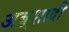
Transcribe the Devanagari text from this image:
अबूशादी